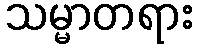
သမ္မာတရား